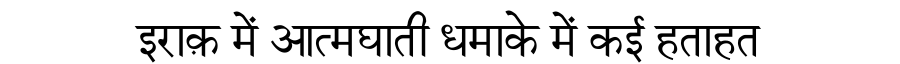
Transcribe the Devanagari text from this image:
इराक़ में आत्मघाती धमाके में कई हताहत